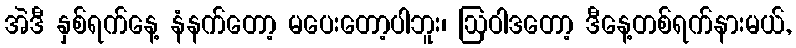
အဲဒီ နှစ်ရက်နေ့ နံနက်တော့ မပေးတော့ပါဘူး၊ ဩဝါဒတော့ ဒီနေ့တစ်ရက်နားမယ်,